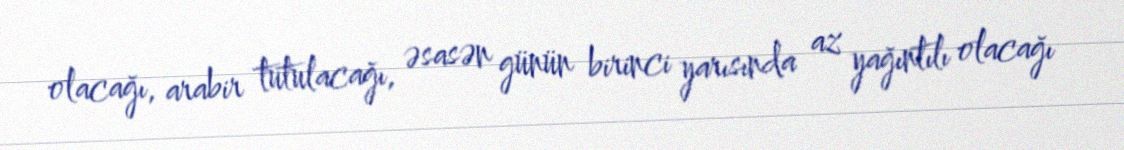
olacağı, arabir tutulacağı, əsasən günün birinci yarısında az yağıntılı olacağı